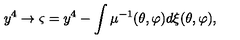
y ^ { 4 } \rightarrow \varsigma = y ^ { 4 } - \int \mu ^ { - 1 } ( \theta , \varphi ) d \xi ( \theta , \varphi ) ,